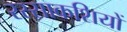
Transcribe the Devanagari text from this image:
रस्साकशियों